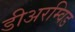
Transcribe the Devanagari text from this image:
डीअरम्विड